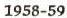
1958-59